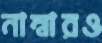
নাম্বারও